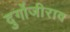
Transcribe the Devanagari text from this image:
दुर्गोजीराव